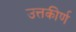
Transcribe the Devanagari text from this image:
उत्तकीर्ण